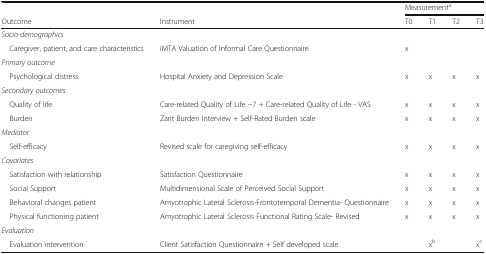
<table><thead><tr><td></td><td></td><td colspan="4"><b>Measurement<sup>a</sup></b></td></tr><tr><td><b>Outcome</b></td><td><b>Instrument</b></td><td><b>T0</b></td><td><b>T1</b></td><td><b>T2</b></td><td><b>T3</b></td></tr></thead><tbody><tr><td colspan="6"><i>Socio-demographics</i></td></tr><tr><td> Caregiver, patient, and care characteristics</td><td>iMTA Valuation of Informal Care Questionnaire</td><td>x</td><td></td><td></td><td></td></tr><tr><td colspan="6"><i>Primary outcome</i></td></tr><tr><td> Psychological distress</td><td>Hospital Anxiety and Depression Scale</td><td>x</td><td>x</td><td>x</td><td>x</td></tr><tr><td colspan="6"><i>Secondary outcomes</i></td></tr><tr><td> Quality of life</td><td>Care-related Quality of Life −7 + Care-related Quality of Life - VAS</td><td>x</td><td>x</td><td>x</td><td>x</td></tr><tr><td> Burden</td><td>Zarit Burden Interview + Self-Rated Burden scale</td><td>x</td><td>x</td><td>x</td><td>x</td></tr><tr><td colspan="6"><i>Mediator</i></td></tr><tr><td> Self-efficacy</td><td>Revised scale for caregiving self-efficacy</td><td>x</td><td>x</td><td>x</td><td>x</td></tr><tr><td><i>Covariates</i></td><td></td><td></td><td></td><td></td><td></td></tr><tr><td> Satisfaction with relationship</td><td>Satisfaction Questionnaire</td><td>x</td><td>x</td><td>x</td><td>x</td></tr><tr><td> Social Support</td><td>Multidimensional Scale of Perceived Social Support</td><td>x</td><td>x</td><td>x</td><td>x</td></tr><tr><td> Behavioral changes patient</td><td>Amyotrophic Lateral Sclerosis-Frontotemporal Dementia- Questionnaire</td><td>x</td><td>x</td><td>x</td><td>x</td></tr><tr><td> Physical functioning patient</td><td>Amyotrophic Lateral Sclerosis Functional Rating Scale- Revised</td><td>x</td><td>x</td><td>x</td><td>x</td></tr><tr><td colspan="6"><i>Evaluation</i></td></tr><tr><td> Evaluation intervention</td><td>Client Satisfaction Questionnaire + Self developed scale</td><td></td><td>x<sup>b</sup></td><td></td><td>x<sup>c</sup></td></tr></tbody></table>